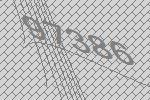
97386